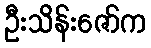
ဦးသိန်းဇော်က